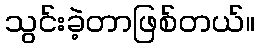
သွင်းခဲ့တာဖြစ်တယ်။